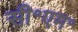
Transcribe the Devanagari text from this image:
सी॰एम॰